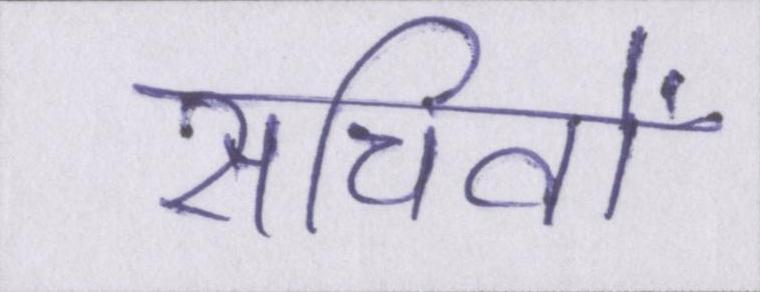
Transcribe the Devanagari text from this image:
सचिवों